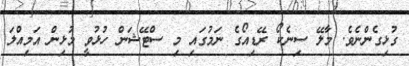
ގުޅިގެންނެވެ. މާލޭ ސިނެކޯ ރޭޑިއޯގެ ނަމުގައި މި ސްޓޭޝަން ހުޅުވީ މުޅިން އަމިއްލަ